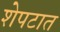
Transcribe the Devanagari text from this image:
शेपटात